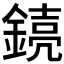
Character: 𫒸